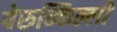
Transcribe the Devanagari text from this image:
पेरुन्किल्ली